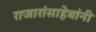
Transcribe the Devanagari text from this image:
राजारांसाहेबांनी